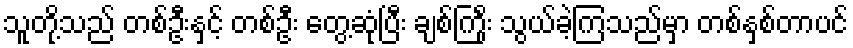
သူတို့သည် တစ်ဦးနှင့် တစ်ဦး တွေ့ဆုံပြီး ချစ်ကြိုံး သွယ်ခဲ့ကြသည်မှာ တစ်နှစ်တာပင်